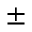
\pm